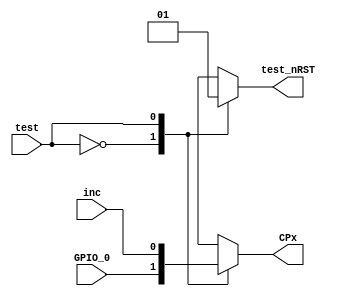
module Self_Test(CPx, test_nRST, inc, GPIO_0, test);
output reg 	CPx, test_nRST;
input 		inc;//inner clock
input 		test;//switch for choosing test or measurement
input [0:0] GPIO_0;//external signal 
always @(test)
begin
	case(test)
		1'b0:begin
			CPx <= GPIO_0[0];
			test_nRST <= 1'b0;
		end
		1'b1:begin
			CPx <= inc;
			test_nRST <= 1'b1;
		end
	endcase
end
endmodule